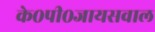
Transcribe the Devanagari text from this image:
के०पी०जायसवाल